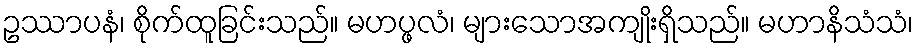
ဥဿာပနံ၊ စိုက်ထူခြင်းသည်။ မဟပ္ဖလံ၊ များသောအကျိုးရှိသည်။ မဟာနိသံသံ၊